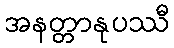
အနတ္တာနုပဿီ